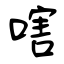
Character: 嗐